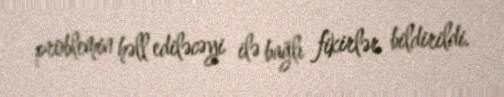
problemin həll ediləcəyi ilə bağlı fikirlər bildirildi.